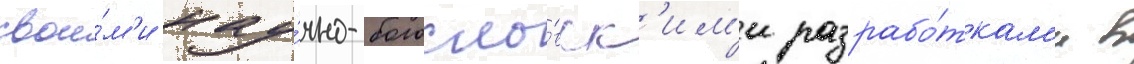
свои́м'и нау́чно-богосло́вск'им'и разрабо́ткам'и в